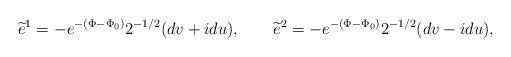
LaTeX: \begin{align*}\widetilde e^1 = - e^{-(\Phi -\Phi_0)} 2^{-1/2}(dv +i du) ,\qquad \widetilde e^2 = - e^{-(\Phi -\Phi_0)} 2^{-1/2}(dv -i du) ,\end{align*}